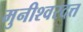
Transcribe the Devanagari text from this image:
मुनीश्वरदत्त